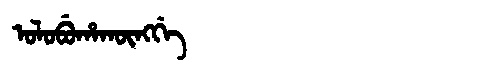
Manchu: ᠣᠯᠣᠪᡠᡥᠠᡴᡡᠩᡤᡝ
Romanization: OLOBUHAKŪNGGE